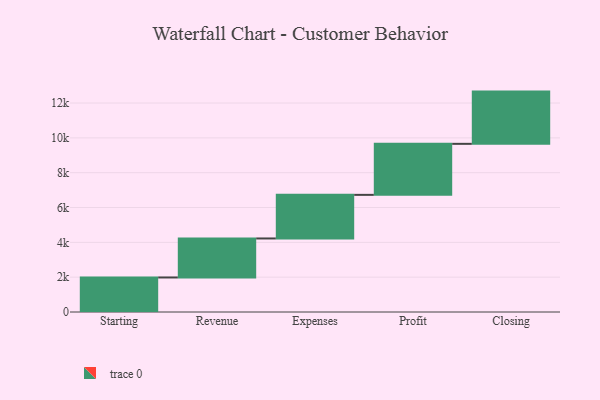
{"axis": {"x": "Step", "y": "Value"}, "legend": [""], "data": [{"x": "Starting", "y": 1983.0, "type": ""}, {"x": "Revenue", "y": 2240.0, "type": ""}, {"x": "Expenses", "y": 2504.0, "type": ""}, {"x": "Profit", "y": 2930.0, "type": ""}, {"x": "Closing", "y": 3000, "type": ""}]}